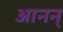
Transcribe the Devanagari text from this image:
आनन्